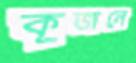
কূজনে